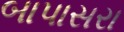
બાપાસરા